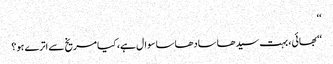
‘‘
‘‘بھائی، بہت سیدھا سادھا سا سوال ہے، کیا مریخ سے اترے ہو؟